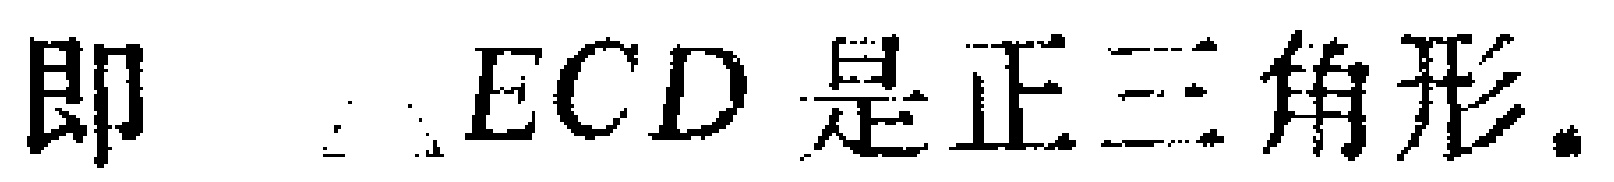
即 $\therefore ECD$ 是正三角形.